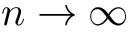
n \to \infty